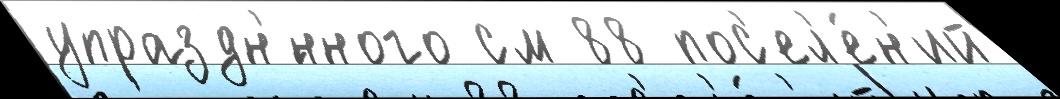
упраздн'́нного см 88 пос'ел'е́н'ий